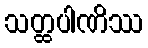
သတ္ထပါဏိဿ